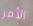
الأمر